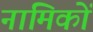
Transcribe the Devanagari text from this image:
नामिकों